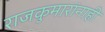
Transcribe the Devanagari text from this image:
राजकुमारांनाही